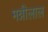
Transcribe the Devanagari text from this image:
मन्नीलाल